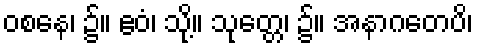
ဝစနေ၊ ၌။ ဧဝံ၊ သို့။ သုတ္တေ၊ ၌။ အနာဂတေပိ၊